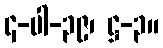
၄-ပါ-၃၉၊ ဋ္ဌ-၃။